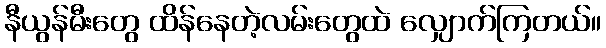
နီယွန်မီးတွေ ထိန်နေတဲ့လမ်းတွေထဲ လျှောက်ကြတယ်။